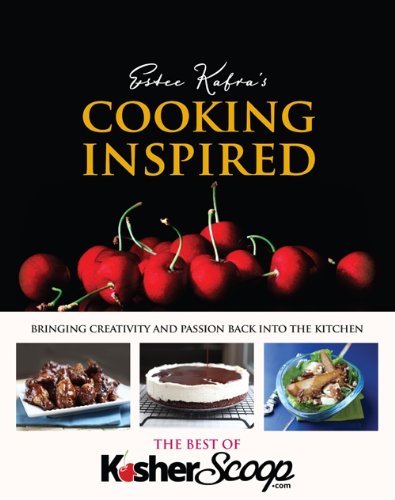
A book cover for Cooking Inspired; Estee Kafra; Cookbooks, Food & Wine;